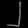
Digit: ၂